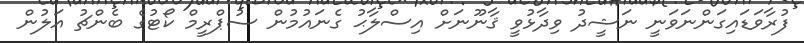
ފުރާވަޑައިގަންނަވަނީ ނަޝީދު ވިދާޅުވީ ޤާނޫނަށް އިސްލާޙު ގެނައުމުން ސުޕްރީމް ކޯޓުގެ ބެންޗު އަލުން